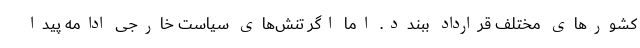
کشورهای مختلف قرارداد ببندد. اما اگر تنش‌های سیاست خارجی ادامه پیدا